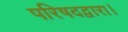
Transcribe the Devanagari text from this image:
परिषदद्वारा।